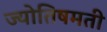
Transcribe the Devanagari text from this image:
ज्योतिषमती